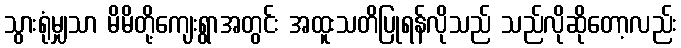
သွားရုံမျှသာ မိမိတို့ကျေးရွာအတွင်း အထူးသတိပြုရန်လိုသည် သည်လိုဆိုတော့လည်း